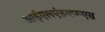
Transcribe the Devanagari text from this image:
आईएलएंडएफएस